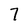
Character: 7